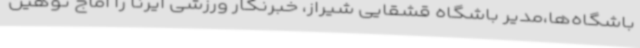
باشگاه‌ها،مدیر باشگاه قشقایی شیراز، خبرنگار ورزشی ایرنا را آماج توهین